Report on vaccination North-West Frontier Province 1904-1922 - 1904-1922
Year: 1904
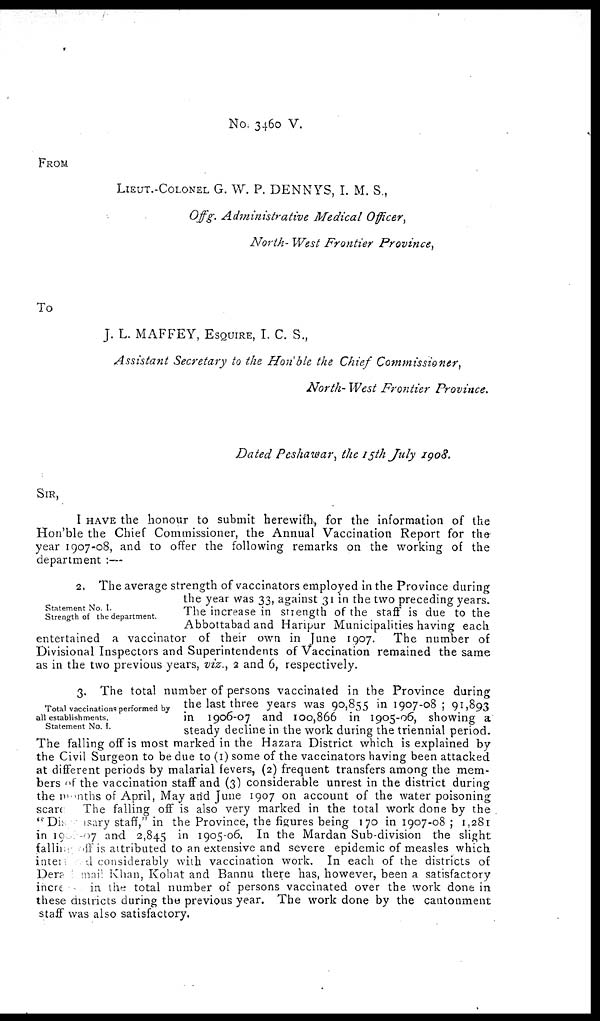
No. 3460 V.
FROM
LIEUT.-COLONEL G. W. P. DENNYS, I. M. S.,
Offg. Administrative Medical Officer,
North- West Frontier Province,
To
J. L. MAFFEY, ESQUIRE, I. C. S.,
Assistant Secretary to the Hon'ble the Chief Commissioner,
North- West Frontier Province.
Dated Peshawar, the 15th July 1908.
SIR,
I HAVE the honour to submit herewith, for the information of the
Hon'ble the Chief Commissioner, the Annual Vaccination Report for the
year 1907-08, and to offer the following remarks on the working of the
department :—
Statement No. I.
Strength of the department.
2. The average strength of vaccinators employed in the Province during
the year was 33, against 31 in the two preceding years.
The increase in strength of the staff is due to the
Abbottabad and Haripur Municipalities having each
entertained a vaccinator of their own in June 1907. The number of
Divisional Inspectors and Superintendents of Vaccination remained the same
as in the two previous years, viz., 2 and 6, respectively.
Total vaccinations performed by
all establishments.
Statement No. I.
3. The total number of persons vaccinated in the Province during
the last three years was 90,855 in 1907-08 ; 91,893
in 1906-07 and 100,866 in 1905-06, showing a
steady decline in the work during the triennial period.
The falling off is most marked in the Hazara District which is explained by
the Civil Surgeon to be due to (1) some of the vaccinators having been attacked
at different periods by malarial fevers, (2) frequent transfers among the mem-
bers of the vaccination staff and (3) considerable unrest in the district during
the months of April, May and June 1907 on account of the water poisoning
scare
The falling off is also very marked in the total work done by the
" Dispesary staff," in the Province, the figures being 170 in 1907-08 ; 1,281
in 1906-07 and 2,845 in 1905-06, In the Mardan Sub-division the slight
falling off is attributed to an extensive and severe epidemic of measles which
intertended considerably with vaccination work. In each of the districts of
Dera Ismail Khan, Kohat and Bannu there has, however, been a satisfactory
increas
in the total number of persons vaccinated over the work done in
these districts during the previous year. The work done by the cantonment
staff was also satisfactory.